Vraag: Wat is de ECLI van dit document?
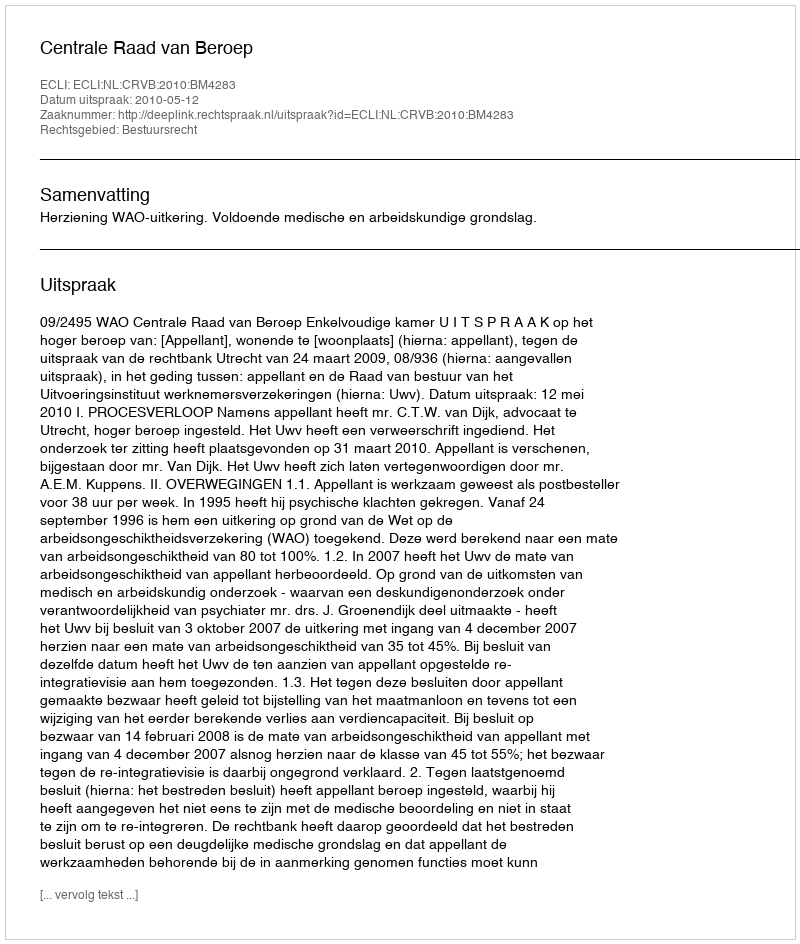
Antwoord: ECLI:NL:CRVB:2010:BM4283